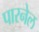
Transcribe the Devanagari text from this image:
पारनेल